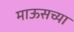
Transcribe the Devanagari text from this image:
माऊसच्या